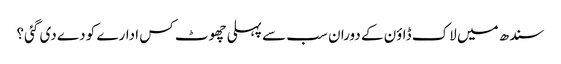
سندھ میں لاک ڈاؤن کے دوران سب سے پہلی چھوٹ کس ادارے کو دے دی گئی؟